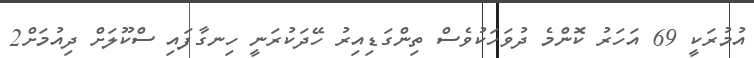
އުމުރަކީ 69 އަހަރު ކޮންމެ ދުވަހަކުވެސް ތިންގަޑިއިރު ހޭދަކުރަނީ ހިނގާފައި ސްކޫލަށް ދިއުމަށް2